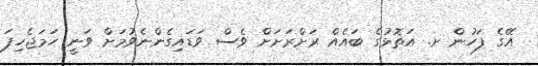
އޭގެ ފަހުން ށ. އަތޮޅުގެ ބައެއް ރަށްރަށަށް ވެސް ވަޑައިގެންނެވުމަށް ވަނީ ހަމަޖެހިފަ